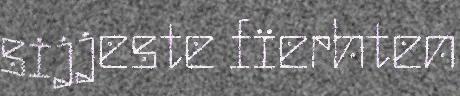
sijjeste fïerhten